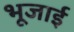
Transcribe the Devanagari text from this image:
भूजाई